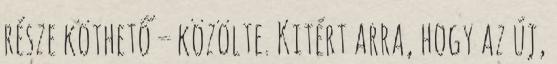
része köthető – közölte. Kitért arra, hogy az új,